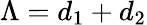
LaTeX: \Lambda=d_{1}+d_{2}